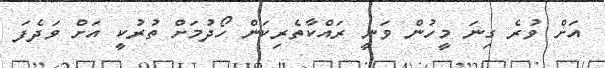
އަށް ވުރެ ގިނަ މީހުން ވަނީ ރައްކާތެރިކަން ހޯދުމަށް ތުރުކީ އަށް ވަދެފަ